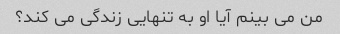
من می بینم آیا او به تنهایی زندگی می کند؟